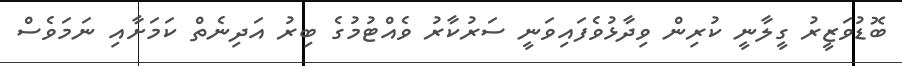
ބޮޑުވަޒީރު ގީލާނީ ކުރިން ވިދާޅުވެފައިވަނީ ސަރުކާރު ވެއްޓުމުގެ ބިރު އަދިނެތް ކަމަށާއި ނަމަވެސް